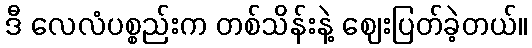
ဒီ လေလံပစ္စည်းက တစ်သိန်းနဲ့ ဈေးပြတ်ခဲ့တယ်။